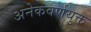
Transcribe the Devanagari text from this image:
अनेकवर्णयुक्त